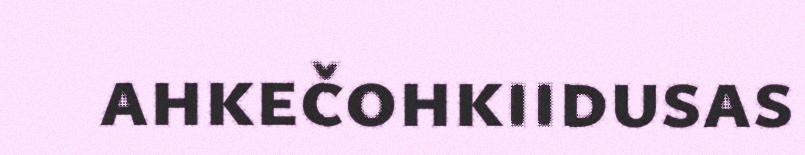
ahkečohkiidusas